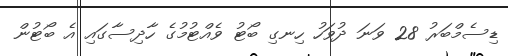
ޑިސެމްބަރު 28 ވަނަ ދުވަހު ހިނގި ބޯޓު ވެއްޓުމުގެ ހާދިސާގައި އެ ބޯޓުން